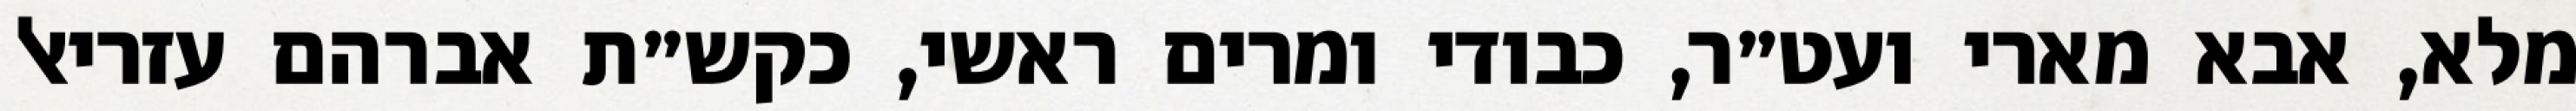
מלא, אבא מארי ועט״ר, כבודי ומרים ראשי, כקש״ת אברהם עזריאל